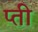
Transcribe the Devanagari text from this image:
प्ती